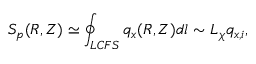
S _ { p } ( R , Z ) \simeq \oint _ { L C F S } q _ { x } ( R , Z ) d l \sim L _ { \chi } q _ { x , i } ,